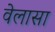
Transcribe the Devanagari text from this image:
वेलासा